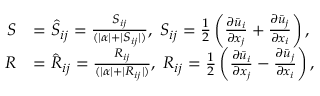
\begin{array} { r l } { \boldsymbol { S } } & { = \hat { S } _ { i j } = \frac { { S } _ { i j } } { ( | \alpha | + | S _ { i j } | ) } , \; { S } _ { i j } = \frac { 1 } { 2 } \left( \frac { \partial \bar { u } _ { i } } { \partial x _ { j } } + \frac { \partial \bar { u } _ { j } } { \partial x _ { i } } \right) , } \\ { \boldsymbol { R } } & { = \hat { R } _ { i j } = \frac { { R } _ { i j } } { ( | \alpha | + | R _ { i j } | ) } , \; { R } _ { i j } = \frac { 1 } { 2 } \left( \frac { \partial \bar { u } _ { i } } { \partial x _ { j } } - \frac { \partial \bar { u } _ { j } } { \partial x _ { i } } \right) , } \end{array}